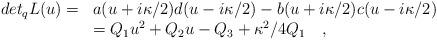
LaTeX: \begin{align*}\begin{array}{ll}det_{q} L(u) =& a (u + i \kappa /2) d (u - i \kappa /2) - b (u + i \kappa /2)c (u - i \kappa /2)\\\, & = Q_{1} u^{2} + Q_{2} u - Q_{3} + \kappa^{2}/4 Q_{1} \quad ,\end{array}\end{align*}